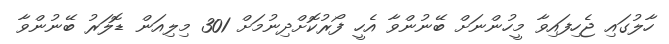
ހާލުގައި ޖެހިފައިވާ މީހުންނަށް ބޭނުންވާ އެހީ ފޯރުކޮށްދިނުމަށް 301 މިލިއަން ޑޮލަރު ބޭނުންވާ